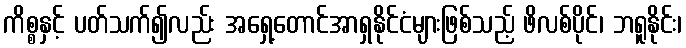
ကိစ္စနှင့် ပတ်သက်၍လည်း အရှေ့တောင်အာရှနိုင်ငံများဖြစ်သည့် ဖိလစ်ပိုင်၊ ဘရူနိုင်း၊